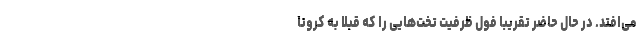
می‌افتد. در حال حاضر تقریبا فول ظرفیت تخت‌هایی را که قبلا به کرونا